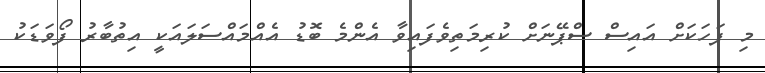
މި ފަހަކަށް އައިސް ސްޕޭނަށް ކުރިމަތިވެފައިވާ އެންމެ ބޮޑު އެއްމައްސަލައަކީ އިތުބާރު ފޯވަޑަކު